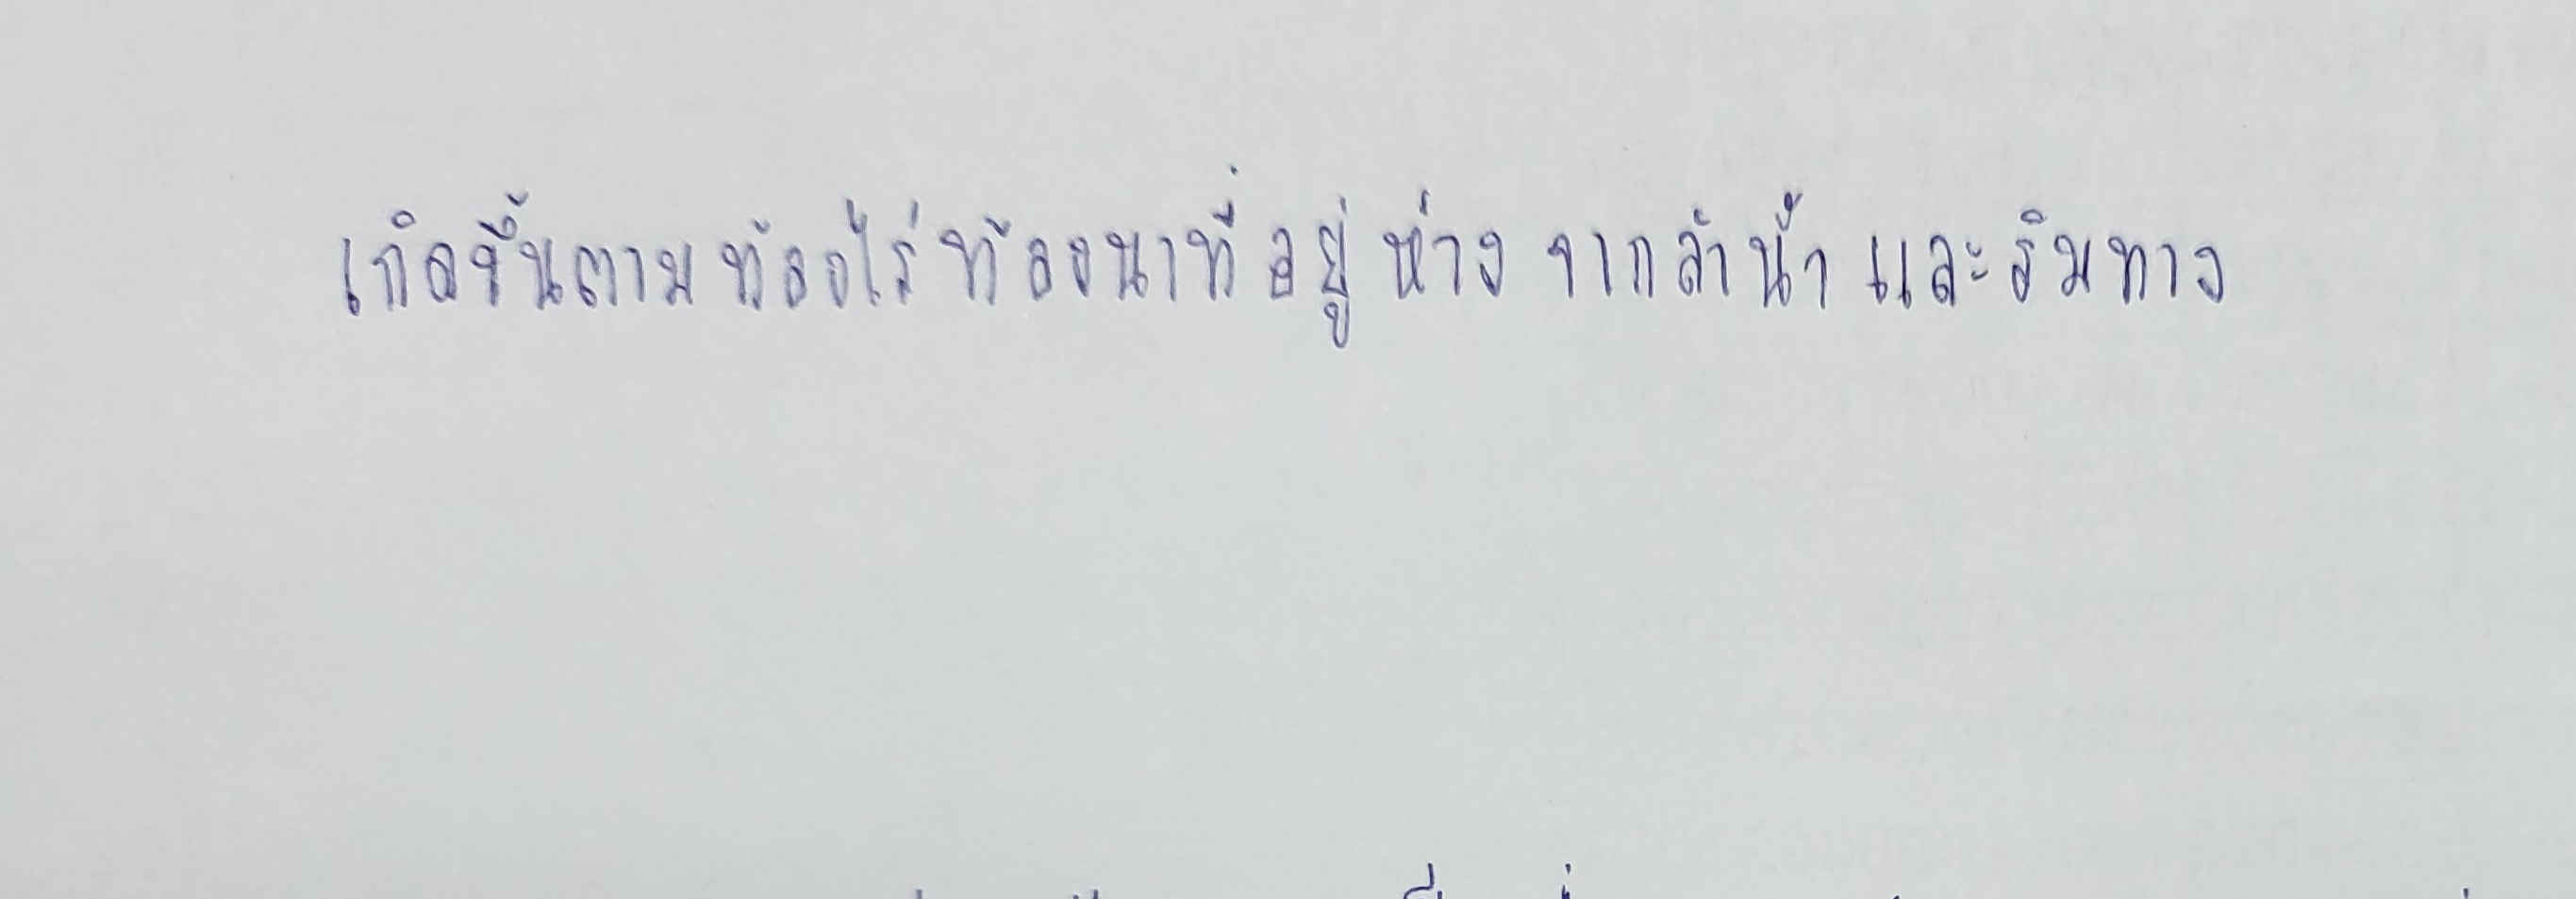
เกิดขึ้นตามท้องไร่ท้องนาที่อยู่ห่างจากลำน้ำและริมทาง